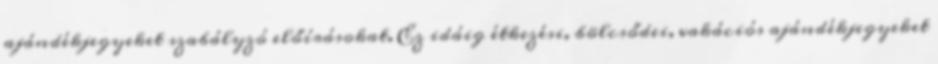
ajándékjegyeket szabályzó előírásokat. Ez idáig étkezési, bölcsődei, vakációs ajándékjegyeket